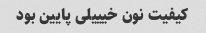
کیفیت نون خیییلی پایین بود